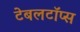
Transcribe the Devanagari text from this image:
टेबलटॉप्स